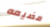
مضيعه